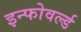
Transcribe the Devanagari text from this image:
इन्फोवर्ल्ड